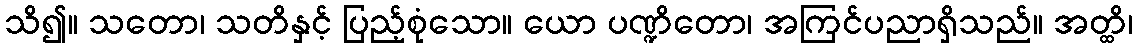
သိ၍။ သတော၊ သတိနှင့် ပြည့်စုံသော။ ယော ပဏ္ဍိတော၊ အကြင်ပညာရှိသည်။ အတ္ထိ၊